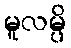
မူလမ္ပိ